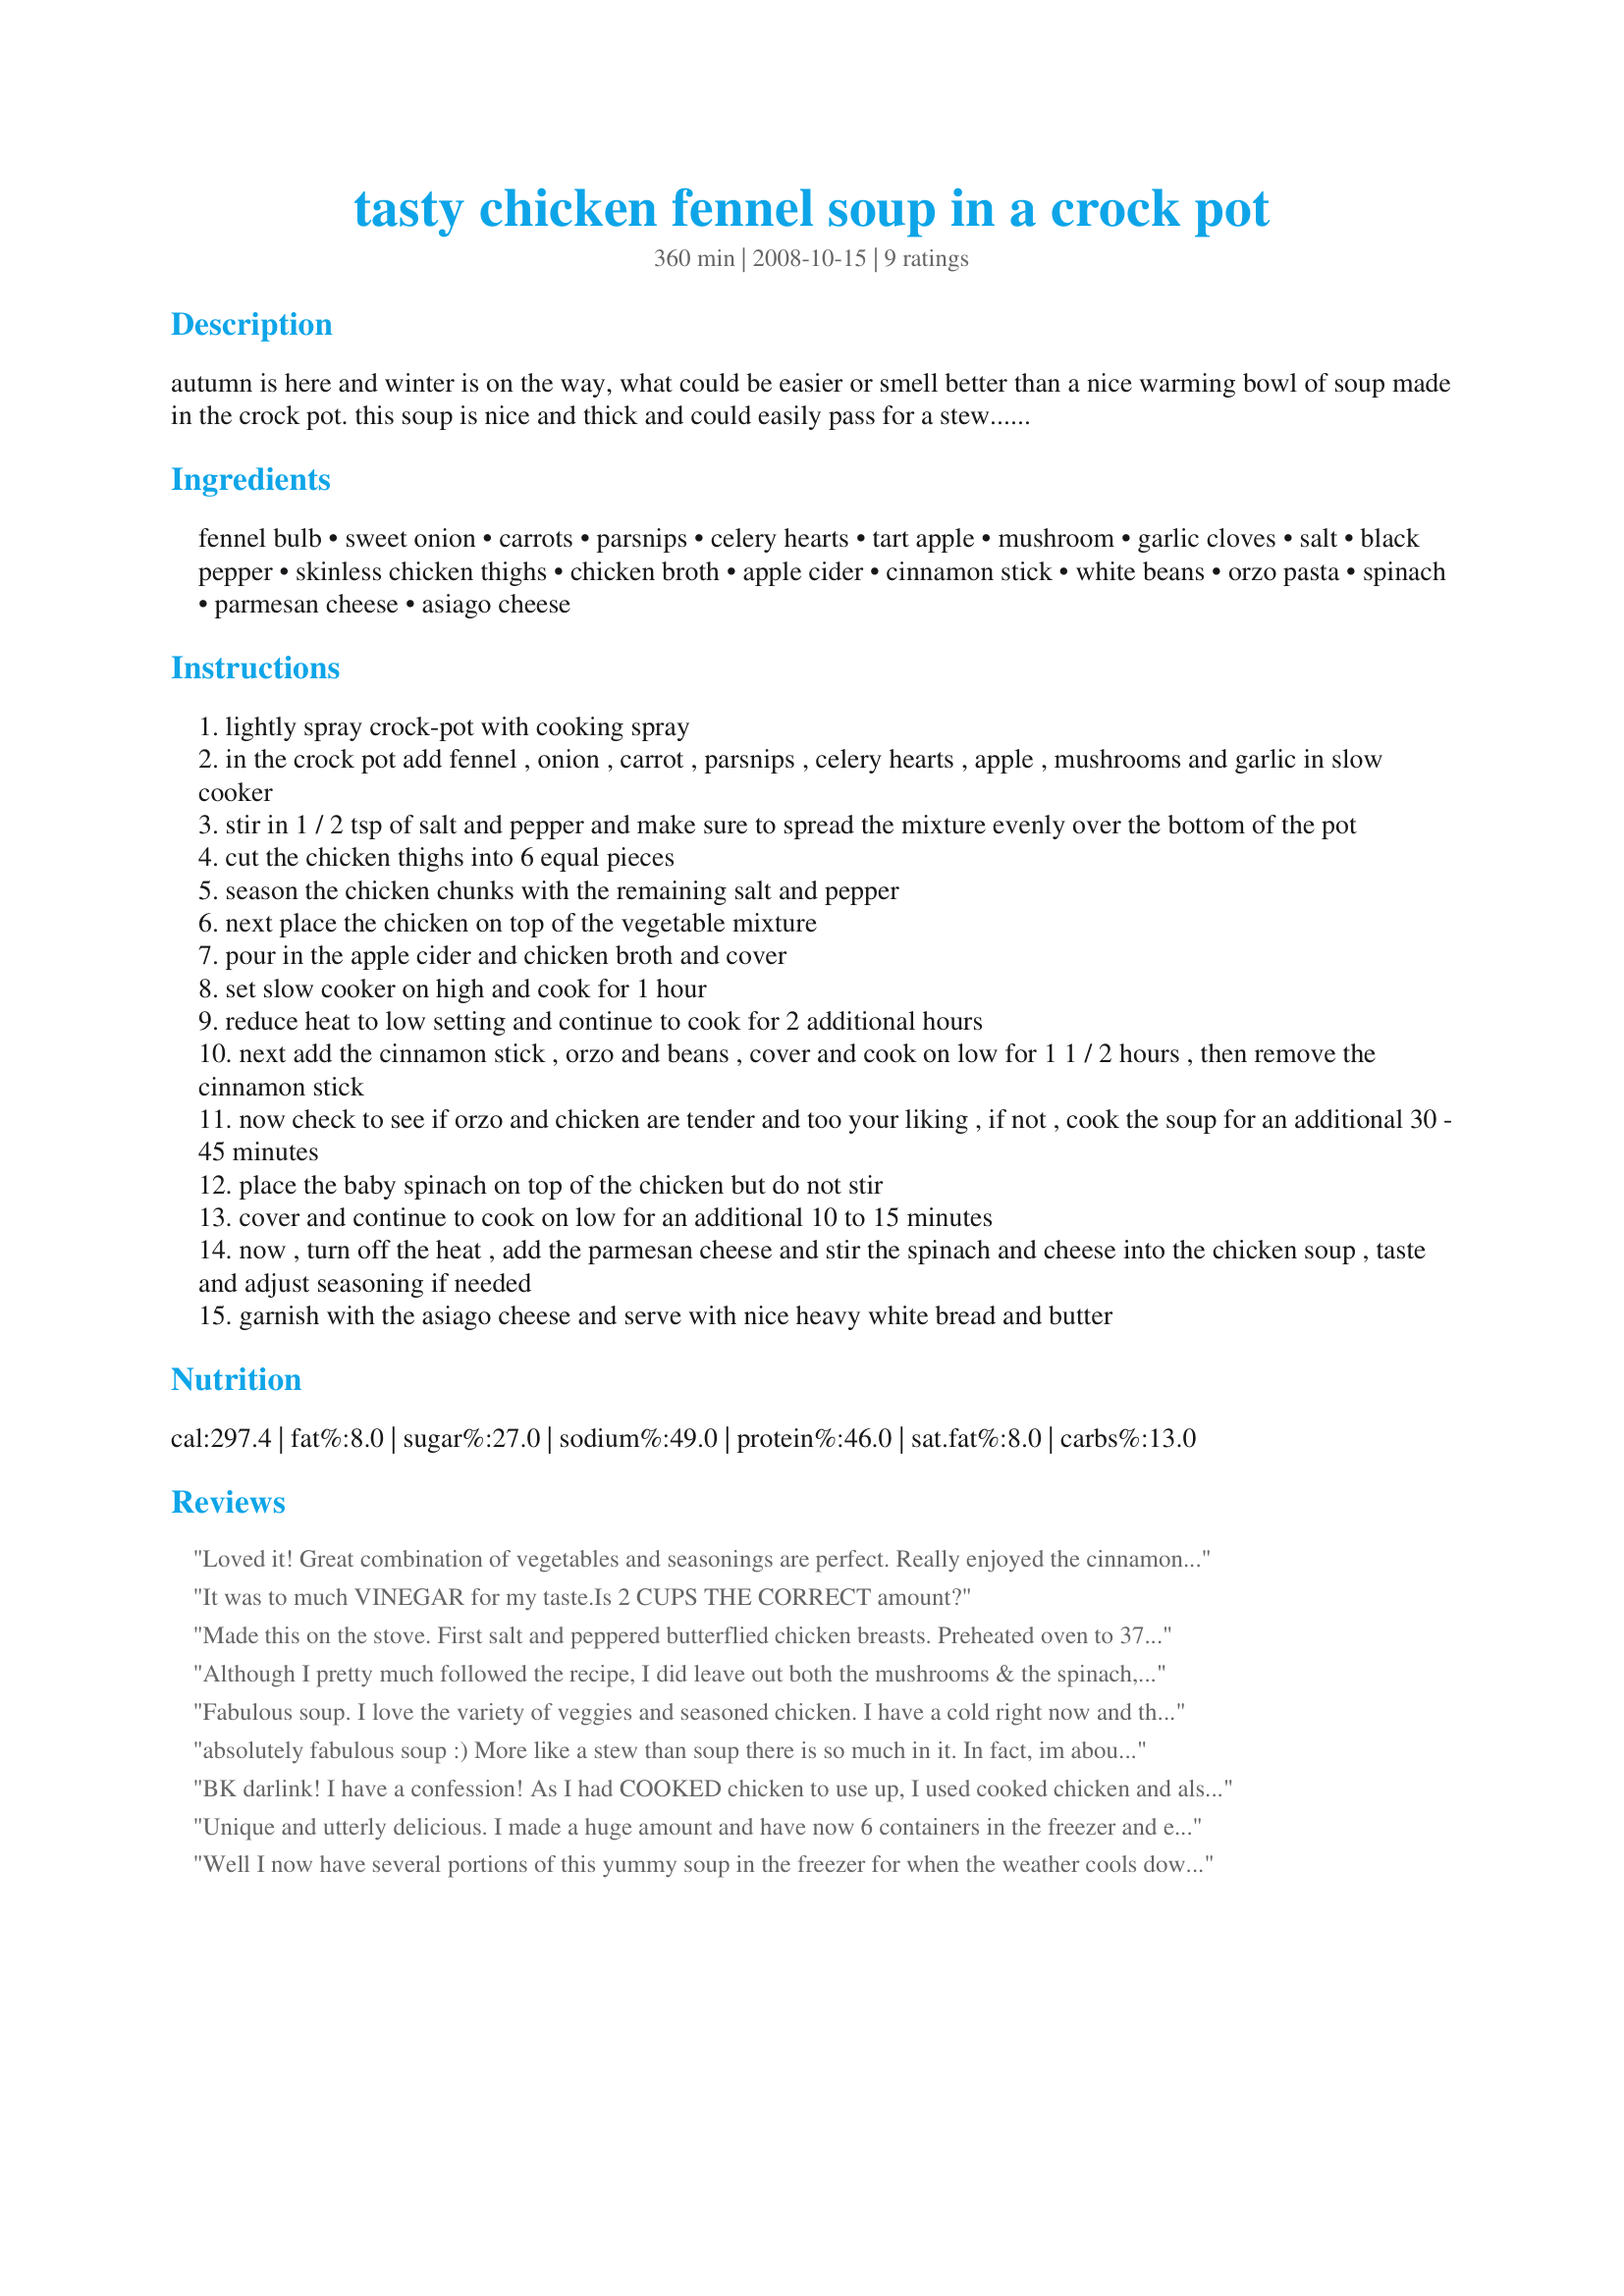
tasty chicken fennel soup in a crock pot
Preparation time: 360 minutes

autumn is here and winter is on the way, what could be easier or smell better than a nice warming bowl of soup made in the crock pot. this soup is nice and thick and could easily pass for a stew...feel free to add or omit any of the listed vegetables just as long as you enjoy!

Ingredients:
fennel bulb, sweet onion, carrots, parsnips, celery hearts, tart apple, mushroom, garlic cloves, salt, black pepper, skinless chicken thighs, chicken broth, apple cider, cinnamon stick, white beans, orzo pasta, spinach, parmesan cheese, asiago cheese

Steps:
lightly spray crock-pot with cooking spray
in the crock pot add fennel , onion , carrot , parsnips , celery hearts , apple , mushrooms and garlic in slow cooker
stir in 1 / 2 tsp of salt and pepper and make sure to spread the mixture evenly over the bottom of the pot
cut the chicken thighs into 6 equal pieces
season the chicken chunks with the remaining salt and pepper
next place the chicken on top of the vegetable mixture
pour in the apple cider and chicken broth and cover
set slow cooker on high and cook for 1 hour
reduce heat to low setting and continue to cook for 2 additional hours
next add the cinnamon stick , orzo and beans , cover and cook on low for 1 1 / 2 hours , then remove the cinnamon stick
now check to see if orzo and chicken are tender and too your liking , if not , cook the soup for an additional 30 - 45 minutes
place the baby spinach on top of the chicken but do not stir
cover and continue to cook on low for an additional 10 to 15 minutes
now , turn off the heat , add the parmesan cheese and stir the spinach and cheese into the chicken soup , taste and adjust seasoning if needed
garnish with the asiago cheese and serve with nice heavy white bread and butter

Reviews:
Loved it! Great combination of vegetables and seasonings are perfect. Really enjoyed the cinnamon in this. I cooked on stovetop because my crockpot is too small. Used 1/2 fennel bulb and was right for us. Did not have cinnamon stick so put in 1/2 teaspoon of ground. Thank you very much for sharing.
It was to much VINEGAR for my taste.Is 2 CUPS THE CORRECT amount?
Made this on the stove. First salt and peppered butterflied chicken breasts. Preheated oven to 375&deg; Browned them in a little ghee for three minutes, flipped them for three more. Popped them in the oven for 12 minutes. Meanwhile, sweated vegetables over medium high heat. I added the apples last. I used a couple pinches of cinnamon, bloomed them first then stirred together. Added broth (didn't have cider). Adjusted seasoning. Used black beans, drained, because that's what I had. Pearl couscous because that's what I had. Brought to a boil. Covered and cooked until couscous was done. By then, the chicken was out and rested. I did scrape my chicken pan into the soup. Thinly sliced the cooked breasts. Layed the spinach over to wilt in covered pot. Stirred it gently. Shredded some very good parmesan over it (too much probably). Gorgeous soup. Even kids ate it.
Although I pretty much followed the recipe, I did leave out both the mushrooms & the spinach, & when it was done in the crock pot, I set aside 2/3 of it to cool down before refrigerating & then freezing in 2-serving containers! Added an appropriate amount of the cheeses to the soup & we had ourselves a very, very nice mid-day meal! I know the recipe is very forgiving & I could add almost any other veggies I'd like, but the recipe as given was absolutely wonderful! Thanks for sharing it! [Made & reviewed in 1-2-3 Hits recipe tag]
Fabulous soup. I love the variety of veggies and seasoned chicken. I have a cold right now and this really hits the spot. The soup is flavorful, hearty and healthy. Thank you so much for this winner. I&#039;m putting into my best-of-the-best file! Note: next time, to adjust to my personal preferences: I will increase the amts of beans, mushrooms and orzo, omit the apple and possibly omit the spinach.
absolutely fabulous soup :) More like a stew than soup there is so much in it. In fact, im about to go and make some Recipe #30965 to add to the pot. 

the only thing i would say is if the fennel is not small enough then only use half.
BK darlink! I have a confession! As I had COOKED chicken to use up, I used cooked chicken and also cooked this amazing soup in a LARGE le creuset dutch oven! It was PERFECT this way - I cooked it IN my woodburning oven for a slow cooker effect! I used ALL of your suggested veggies, EXCEPT spinach, as I needed the spinach I had for another dish! This was PACKED full of flavour and we LOVED the different textures you got with all the different veggies. I agree with Marra, that is more like a stew than a soup and I will add dumplings next time for a big meal in one pot! Made for Holiday Tag and VERY much enjoyed, there has never been a recipe of yours that I have not enjoyed, so thanks very much ma leeetle baby kitty! FT:-)
Unique and utterly delicious. I made a huge amount and have now 6 containers in the freezer and enough in the fridge for 3-4 more servings. Major love for the veg selection, especially the fennel inclusion. I really could not be happier with the recipe and the fact that it's not full of fats and oil is a real + too. Thanks so much my friend for another true keeper.
Well I now have several portions of this yummy soup in the freezer for when the weather cools down more, if we can wait that long! :) What a superbly delicious meal! I agree totally with Marramamba and French Tart, this is so packed with ingredients that it is more like a stew: certainly a very sustaining meal in itself. And very versatile. It would so readily accommodate pretty much whatever other vegetables you chose to include. On Marramamba's advice, I was sparing with the fennel but to meet our taste preferences I doubled the garlic and apple (I used Granny Smiths) and added two leeks. I also added a packet of frozen spinach, thawed, as well as the baby spinach leaves (LOVE spinach). Loved the cinnamon in this: it blended superbly with all the many ingredients. I'm going to be making this a lot and I can see what's going to happen (it's happened before): I'll have two crockpots on the go making as large a quantity as they can accommodate between them. Thank you, Baby Kato, for such a fabulous recipe! Made for 1-2-3 Hit Wonders.
